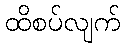
ထိစပ်လျက်